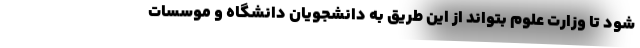
شود تا وزارت علوم بتواند از این طریق به دانشجویان دانشگاه و موسسات